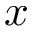
x